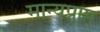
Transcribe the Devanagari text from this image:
मान्यप्राप्त